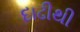
દાઢીથી